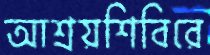
আশ্রয়শিবিরে